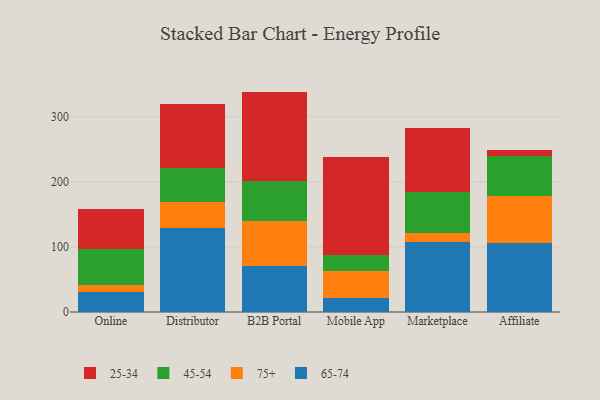
{"axis": {"x": "Channel", "y": "Latency (ms)"}, "legend": ["25-34", "45-54", "65-74", "75+"], "data": [{"x": "Online", "y": 31.4, "type": "65-74"}, {"x": "Online", "y": 9.8, "type": "75+"}, {"x": "Online", "y": 55.4, "type": "45-54"}, {"x": "Online", "y": 61.9, "type": "25-34"}, {"x": "Distributor", "y": 129.3, "type": "65-74"}, {"x": "Distributor", "y": 39.3, "type": "75+"}, {"x": "Distributor", "y": 53.3, "type": "45-54"}, {"x": "Distributor", "y": 97.1, "type": "25-34"}, {"x": "B2B Portal", "y": 70.5, "type": "65-74"}, {"x": "B2B Portal", "y": 69.0, "type": "75+"}, {"x": "B2B Portal", "y": 62.2, "type": "45-54"}, {"x": "B2B Portal", "y": 137.0, "type": "25-34"}, {"x": "Mobile App", "y": 21.4, "type": "65-74"}, {"x": "Mobile App", "y": 41.9, "type": "75+"}, {"x": "Mobile App", "y": 23.6, "type": "45-54"}, {"x": "Mobile App", "y": 151.3, "type": "25-34"}, {"x": "Marketplace", "y": 107.8, "type": "65-74"}, {"x": "Marketplace", "y": 13.5, "type": "75+"}, {"x": "Marketplace", "y": 63.8, "type": "45-54"}, {"x": "Marketplace", "y": 97.0, "type": "25-34"}, {"x": "Affiliate", "y": 105.5, "type": "65-74"}, {"x": "Affiliate", "y": 72.3, "type": "75+"}, {"x": "Affiliate", "y": 62.6, "type": "45-54"}, {"x": "Affiliate", "y": 8.0, "type": "25-34"}]}